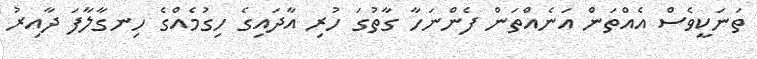
ތަނަކީވެސް އެއްތަން އަނެއްތަން ފެންނަހާ ގާތުގަ ހުރި އާދައިގެ ހިގުމެއްގެ ހިނގާލާފަ ދާއިރު